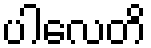
ပါလေတိ